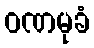
ဝဏမုခံ